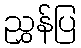
ညွှန်ပြ